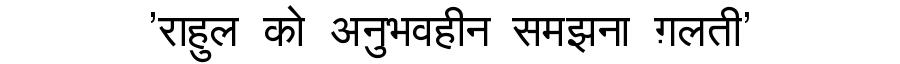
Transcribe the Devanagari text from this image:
'राहुल को अनुभवहीन समझना ग़लती'